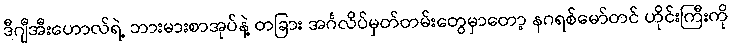
ဒီဂျီအီးဟောလ်ရဲ့ ဘားမားစာအုပ်နဲ့ တခြား အင်္ဂလိပ်မှတ်တမ်းတွေမှာတော့ နဂရစ်မော်တင် ဟိုင်းကြီးကို